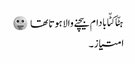
ہٹّا کٹّا بادام بیچنے والا ہوتا تھا 😛
امتیاز ۔